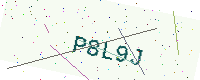
Text: P8L9J